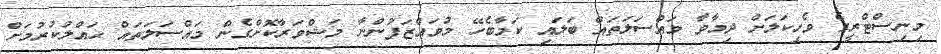
މިނިސްޓްރީގެ ވެހިކަލަށް ދިމާވާ މައްސަލަތައް ބަލައި ކަމާބެހޭ މުވައްޒަފުންނާ މަޝްވަރާކޮށްގެން މައްސަލަތައް ޙައްލުކުރުމަށް